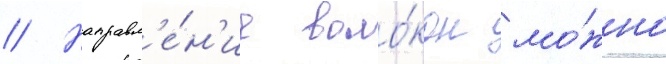
// Направл'е́н'ие воло́кон мо́жно